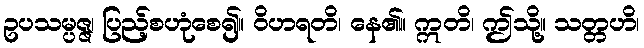
ဥပသမ္ပဇ္ဇ၊ ပြည့်စဟုံစေ၍။ ဝိဟရတိ၊ နေ၏။ ဣတိ၊ ဤသို့။ သတ္တဟိ၊